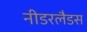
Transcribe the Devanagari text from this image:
नीडरलैडस